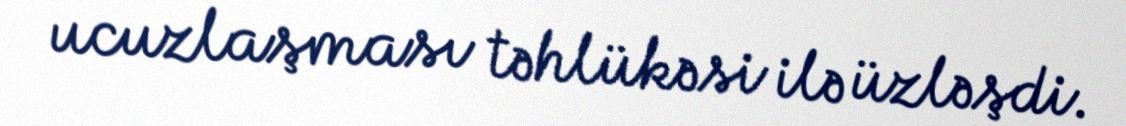
ucuzlaşması təhlükəsi ilə üzləşdi.